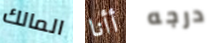
المالك أأنا درجه